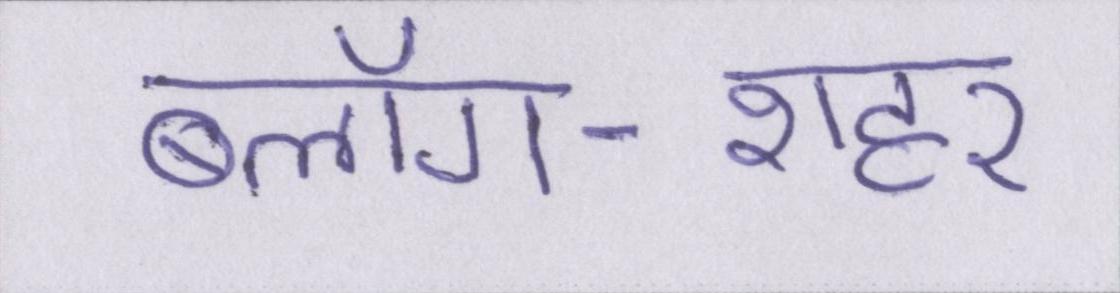
ब्लॉग-शहर